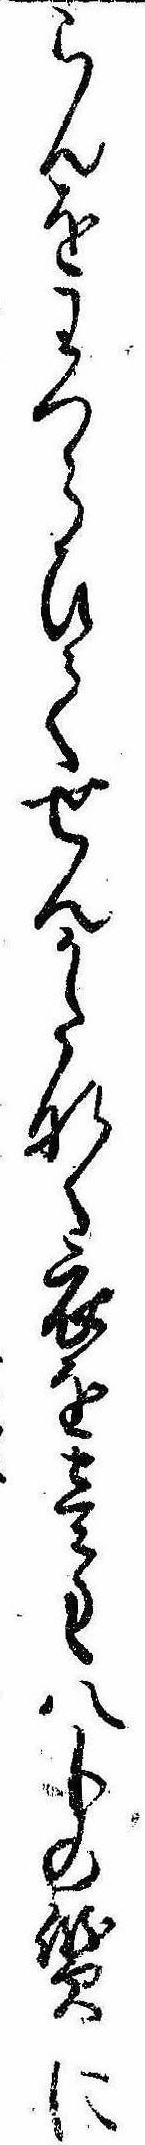
らんをわつらひてせんかたなく衣を壱匁八分の質に